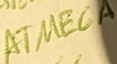
Text: ATMEGA